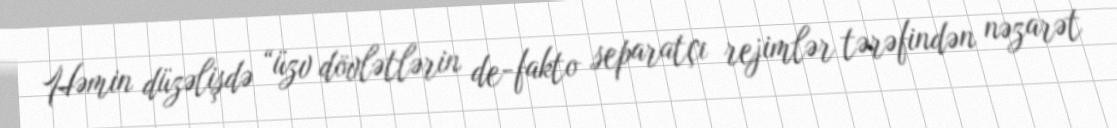
Həmin düzəlişdə “üzv dövlətlərin de-fakto separatçı rejimlər tərəfindən nəzarət